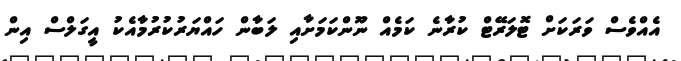
އެއްވެސް ވަރަކަށް ޓޮލަރޭޓް ކުރާނެ ކަމެއް ނޫންކަމަށާއި ލަބާން ހައްޔަރުކުރުމާއެކު އީގަލްސް އިން